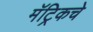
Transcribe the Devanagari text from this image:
मॅट्रिकचे